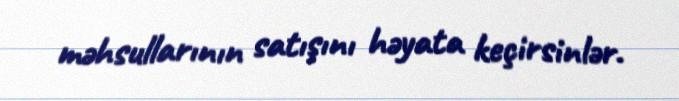
məhsullarının satışını həyata keçirsinlər.